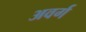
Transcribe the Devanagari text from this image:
अवर्ग